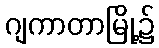
ဂျကာတာမြို့၌